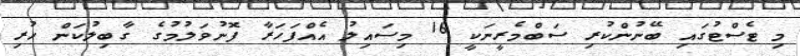
މި ޓެސްޓުގައި ބޭނުންކުރި ސަބްމެރީނަކީ 16 މިސައިލު އެއްފަހަރާ ފޮނުވަލުމުގެ ގާބިލުކަން ހުރި